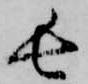
長